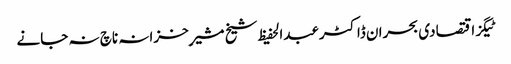
ٹیگزاقتصادی بحران ڈاکٹرعبدالحفیظ شیخ مشیرِ خزانہ ناچ نہ جانے